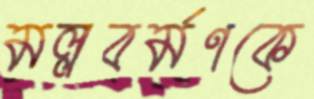
মল্লবর্মণকে